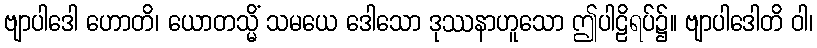
ဗျာပါဒေါ ဟောတိ၊ ယောတသ္မိံ သမယေ ဒေါသော ဒုဿနာဟူသော ဤပါဠိရပ်၌။ ဗျာပါဒေါတိ ဝါ၊